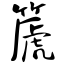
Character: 篪